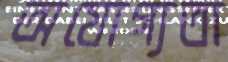
অযোগ্যতা